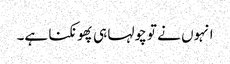
انہوں نے تو چولہا ہی پھونکنا ہے۔